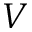
V